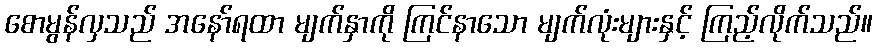
စောမွန်လှသည် အနော်ရထာ မျက်နှာကို ကြင်နာသော မျက်လုံးများနှင့် ကြည့်လိုက်သည်။